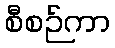
စီစဉ်ကာ